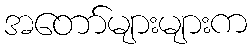
အတော်များများက